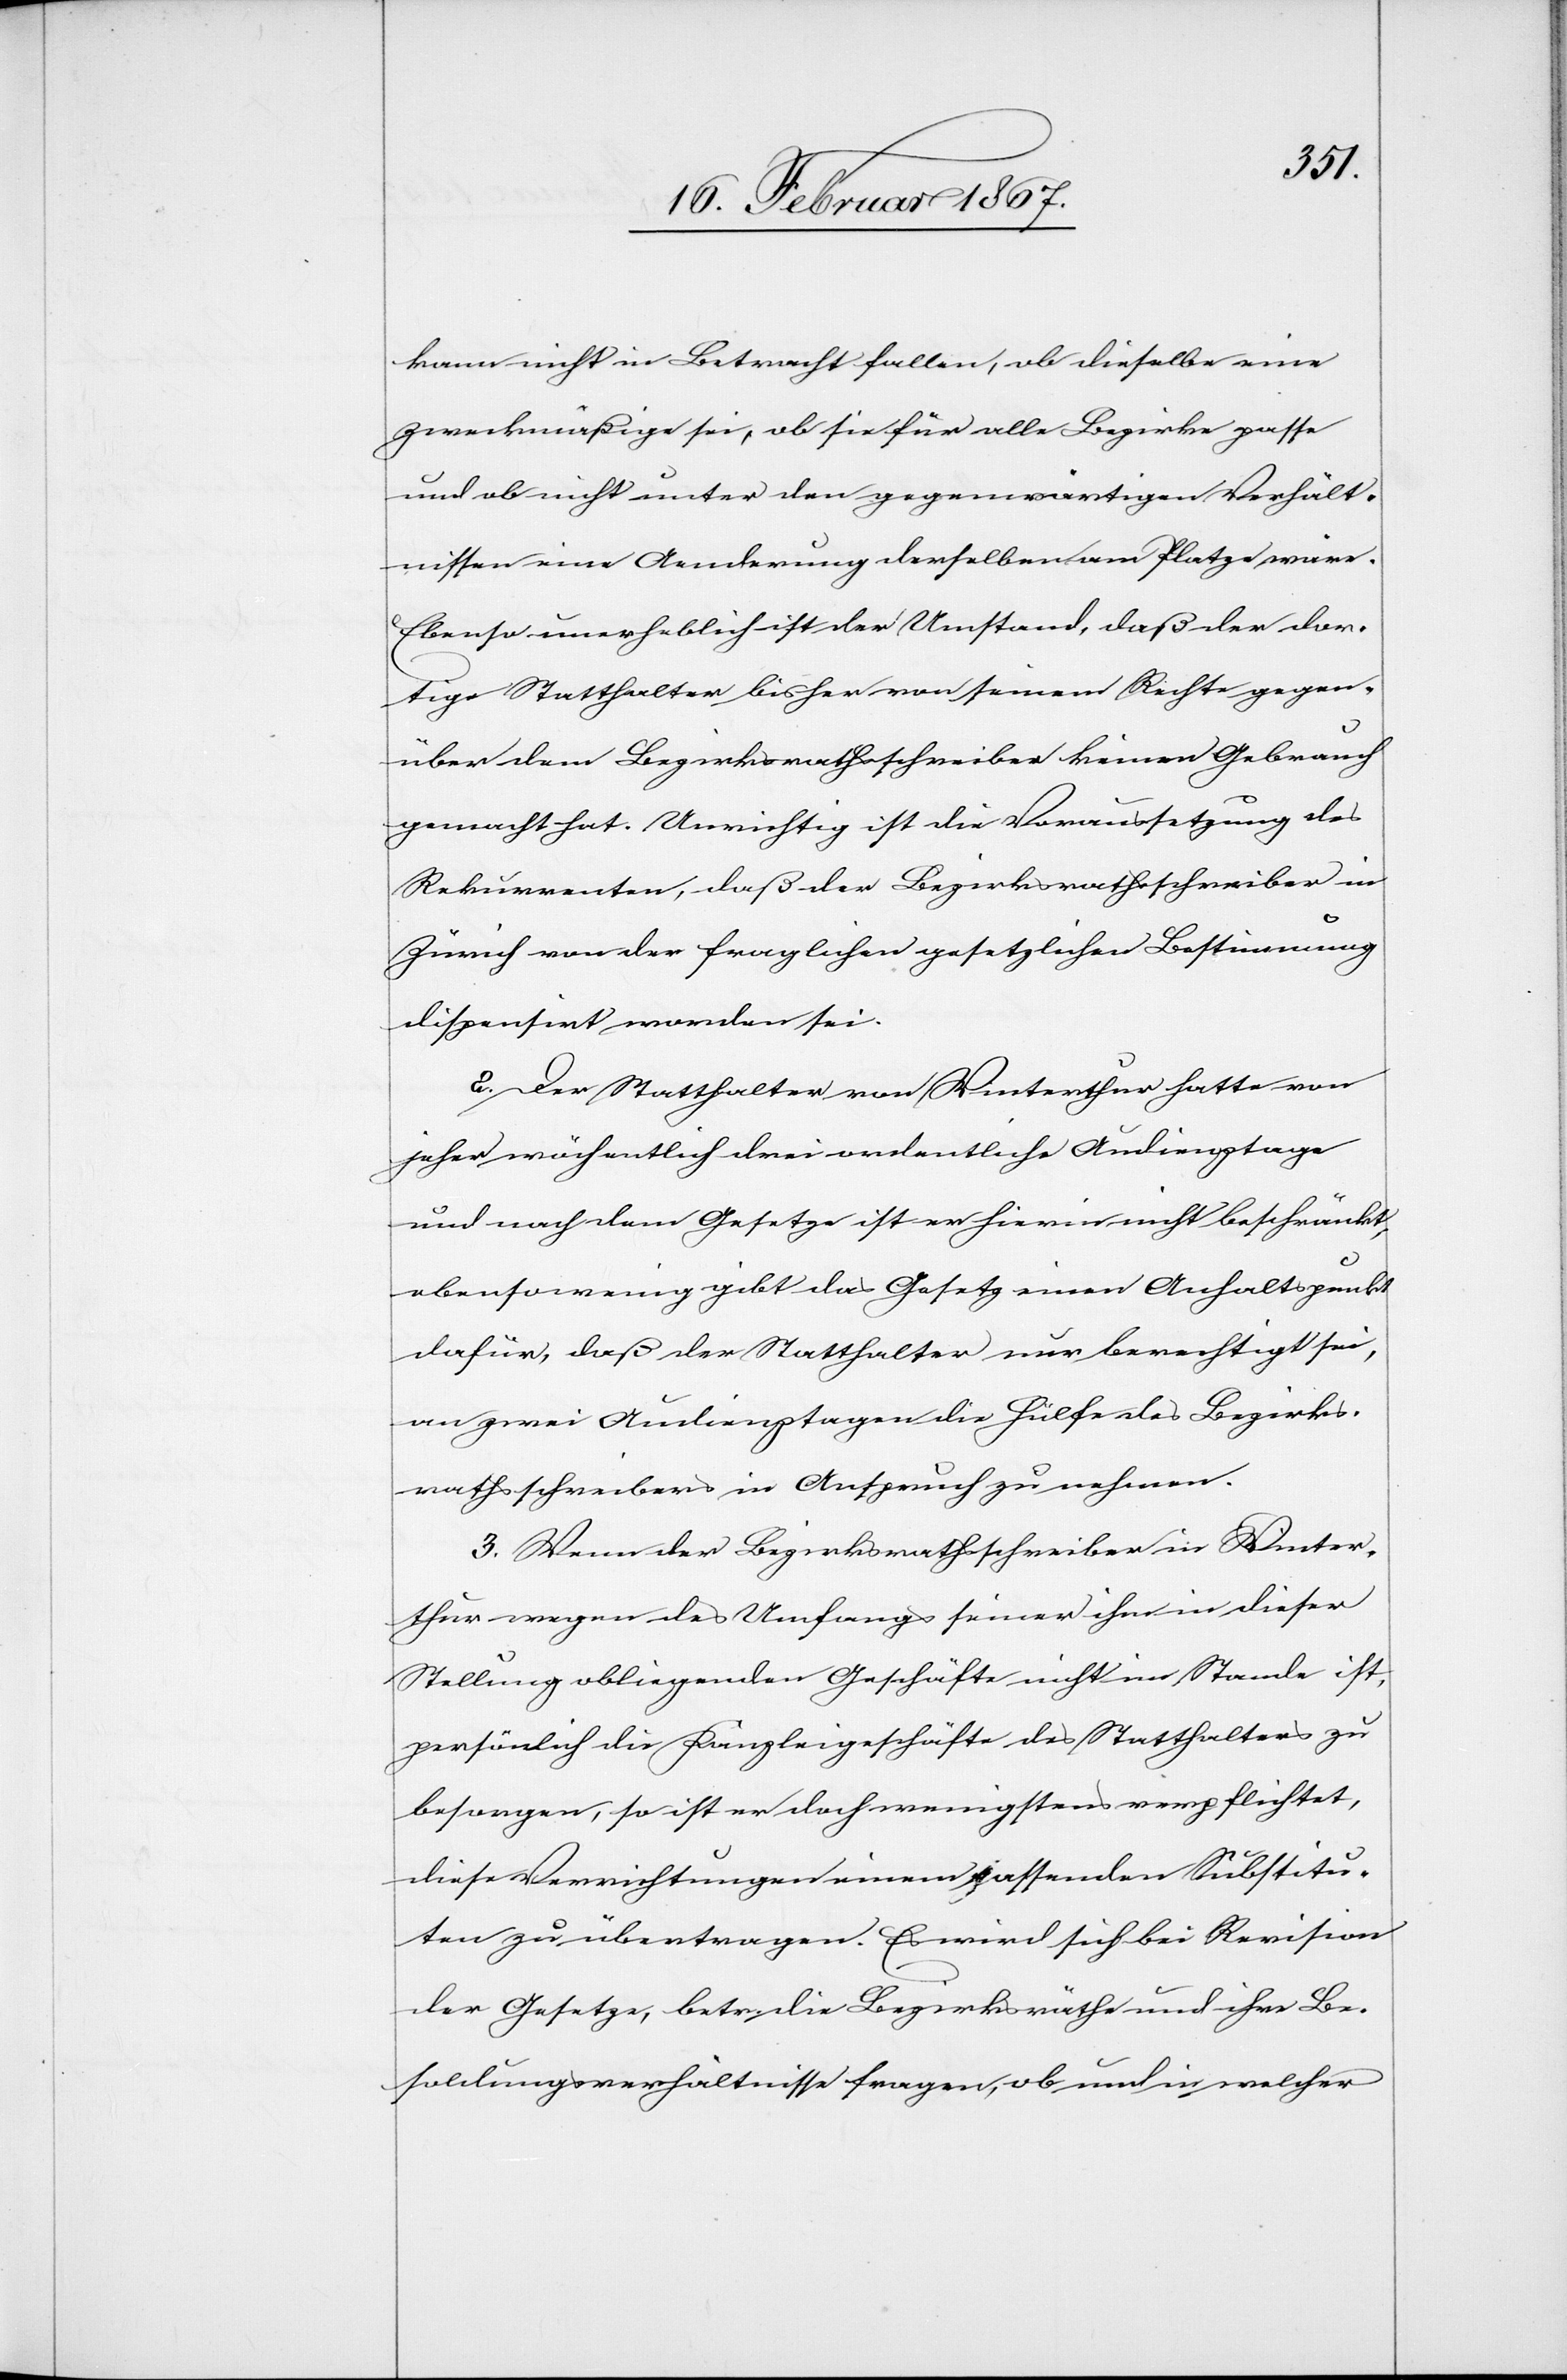
kann nicht in Betracht fallen, ob dieselbe eine
zweckmäßige sei, ob sie für alle Bezirke passe
und ob nicht unter den gegenwärtigen Verhält¬
nissen eine Aenderung derselben am Platze wäre.
Ebenso unerheblich ist der Umstand, daß der dor¬
tige Statthalter bisher von seinem Rechte gegen¬
über dem Bezirksrathsschreiber keinen Gebrauch
gemacht hat. Unrichtig ist die Voraussetzung des
Rekurrenten, daß der Bezirksrathsschreiber in
Zürich von der fraglichen gesetzlichen Bestimmung
dispensirt worden sei.
2. Der Statthalter von Winterthur hatte von
jeher wöchentlich drei ordentliche Audienztage
und nach dem Gesetze ist er hierin nicht beschränkt,
ebensowenig gibt das Gesetz einen Anhaltspunkt
dafür, daß der Statthalter nur berechtigt sei,
an zwei Audienztagen die Hülfe des Bezirks¬
rathsschreibers in Anspruch zu nehmen.
3. Wenn der Bezirksrathsschreiber in Winter¬
thur wegen des Umfangs seiner ihm in dieser
Stellung obliegenden Geschäfte nicht im Stande ist,
persönlich die Kanzleigeschäfte des Statthalters zu
besorgen, so ist er doch wenigstens verpflichtet,
diese Verrichtungen einem passenden Substitu¬
ten zu übertragen. Es wird sich bei Revision
der Gesetze, betr. die Bezirksräthe und ihre Be¬
soldungverhältnisse fragen, ob und in welcher